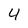
Character: 4